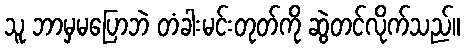
သူ ဘာမှမပြောဘဲ တံခါးမင်းတုတ်ကို ဆွဲတင်လိုက်သည်။